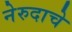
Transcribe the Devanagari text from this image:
नेरुदाचे